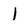
Character: l